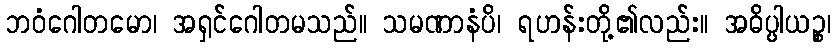
ဘဝံဂေါတမော၊ အရှင်ဂေါတမသည်။ သမဏာနံပိ၊ ရဟန်းတို့၏လည်း။ အဓိပ္ပါယဉ္စ၊